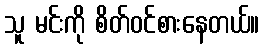
သူ မင်းကို စိတ်ဝင်စားနေတယ်။